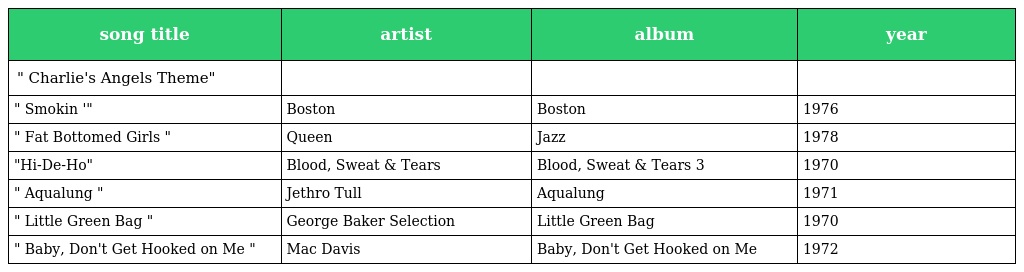
| song title | artist | album | year |
 | --- | --- | --- | --- |
 | " Charlie's Angels Theme" |  |  |  |
 | " Smokin '" | Boston | Boston | 1976 |
 | " Fat Bottomed Girls " | Queen | Jazz | 1978 |
 | "Hi-De-Ho" | Blood, Sweat & Tears | Blood, Sweat & Tears 3 | 1970 |
 | " Aqualung " | Jethro Tull | Aqualung | 1971 |
 | " Little Green Bag " | George Baker Selection | Little Green Bag | 1970 |
 | " Baby, Don't Get Hooked on Me " | Mac Davis | Baby, Don't Get Hooked on Me | 1972 |